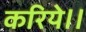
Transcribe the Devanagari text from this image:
करिये।।